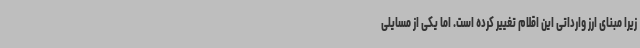
زیرا مبنای ارز وارداتی این اقلام تغییر کرده است. اما یکی از مسایلی